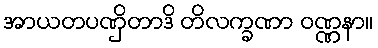
အာယတပဏှိတာဒိ တိလက္ခဏာ ဝဏ္ဏနာ။